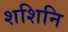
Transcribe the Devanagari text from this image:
शशिनि